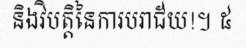
និងវិបត្តិនៃការបរាជ័យ!។ ៥